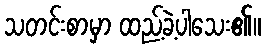
သတင်းစာမှာ ထည့်ခဲ့ပါသေး၏။